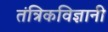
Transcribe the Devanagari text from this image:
तंत्रिकविज्ञानी